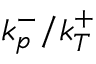
k _ { p } ^ { - } / k _ { T } ^ { + }